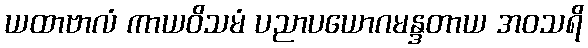
ယထာဗာလံ ကာယဝိသမံ ပညာပယောဂမန္ဒတာယ အဝသရိ